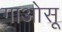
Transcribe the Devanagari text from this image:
गाओसू